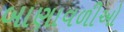
બાણાવળીઓ